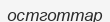
остготтар